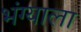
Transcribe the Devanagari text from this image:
भंग्याला